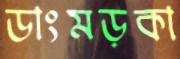
ডাংমড়কা